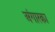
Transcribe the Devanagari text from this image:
अंगारका